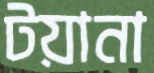
টয়ানা